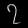
Digit: ၇